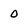
Character: O